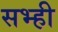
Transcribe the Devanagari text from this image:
सभ्ही